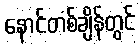
နောင်တစ်ချိန်တွင်